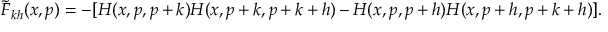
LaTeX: \widetilde F _ { k h } ( x , p ) = - [ H ( x , p , p + k ) H ( x , p + k , p + k + h ) - H ( x , p , p + h ) H ( x , p + h , p + k + h ) ] .